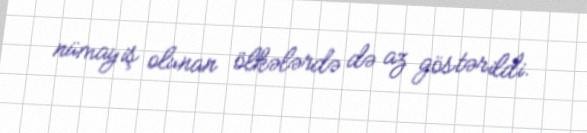
nümayiş olunan ölkələrdə də az göstərildi.